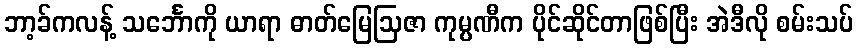
ဘာ့ခ်ကလန့် သင်္ဘောကို ယာရာ ဓာတ်မြေဩဇာ ကုမ္ပဏီက ပိုင်ဆိုင်တာဖြစ်ပြီး အဲဒီလို စမ်းသပ်